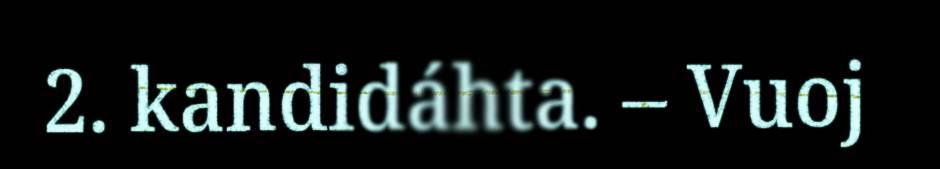
2. kandidáhta. – Vuoj